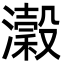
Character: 瀔